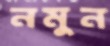
নমুন